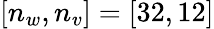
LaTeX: [n_{w},n_{v}]=[32,12]